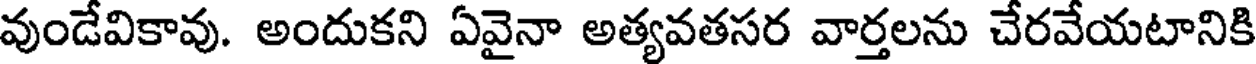
వుండేవికావు. అందుకని ఏవైనా అత్యవతసర వార్తలను చేరవేయటానికి